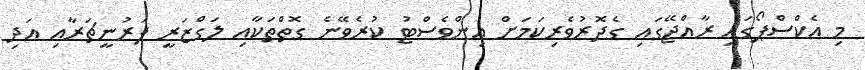
މި އެކްސްޕޯގައި ރާއްޖޭގައި ގެދޮރުވެރިކަމަށް އިންވެސްޓު ކުރެވޭނެ ގޮތްތަކާއި ލަގްޒަރީ ފަރުނީޗަރާއި އަދި